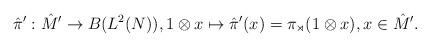
LaTeX: \begin{align*} \hat{\pi}': \hat{M}'\rightarrow B(L^2(N)),1\otimes x \mapsto \hat{\pi}'(x) = \pi_{\rtimes}(1\otimes x),x\in \hat{M}'.\end{align*}